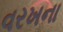
વરખના